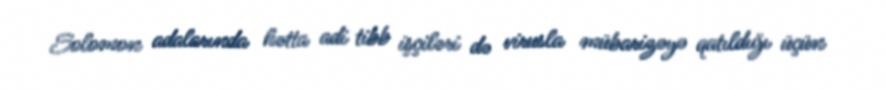
Solomon adalarında hətta adi tibb işçiləri də virusla mübarizəyə qatıldığı üçün